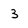
Character: 3